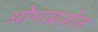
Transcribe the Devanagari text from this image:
ओमाप्रजोल